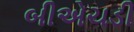
બીએચડી